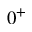
0 ^ { + }